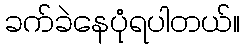
ခက်ခဲနေပုံရပါတယ်။